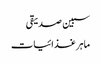
سبین صدیقی
ماہر غذائیات